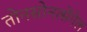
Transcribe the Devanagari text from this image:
तोनसोनत्सेंगेल